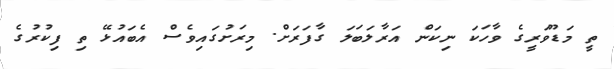
ތީ މަޑޫވަރީގެ ވާހަކަ ނިކަން އަރާލަބަލަ ގާފަރަށް. މިރަށުގައިވެސް އެބައުޅޭ ތި ފިކުރުގެ